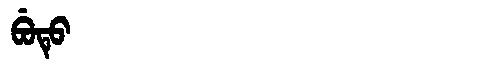
Manchu: ᠪᡠᡨᡠ
Romanization: BUTU